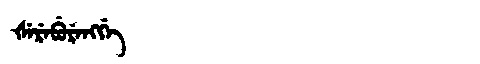
Manchu: ᡧᡝᡵᡝᠪᡠᡵᡝᠩᡤᡝ
Romanization: ŠEREBURENGGE